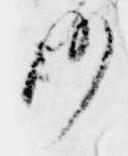
妙